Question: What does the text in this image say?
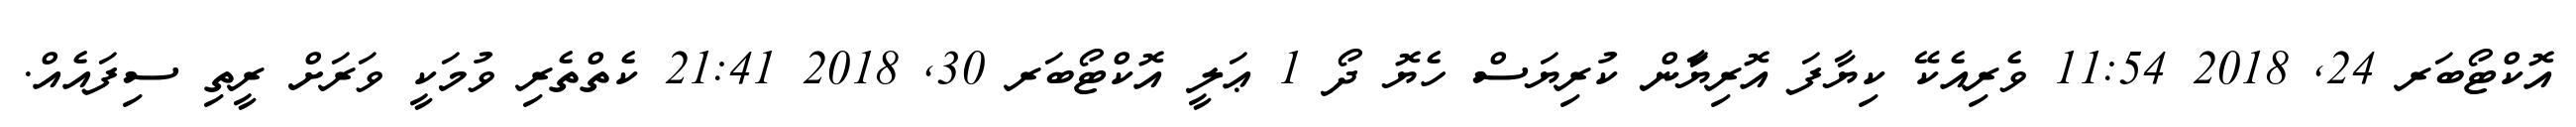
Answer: އޮކްޓޯބަރ 24, 2018 11:54 ވެރިއެކޭ ކިޔާފަ އޮރިޔަާން ކުރިޔަސް ހެޔޮ ދޯ 1 ޢަލީ އޮކްޓޯބަރ 30, 2018 21:41 ކެތްތެރި ވުމަކީ ވަރަށް ރީތި ސިފައެއް.